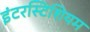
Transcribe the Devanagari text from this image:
इंटरस्टिशियम